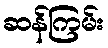
ဆန်ကြမ်း